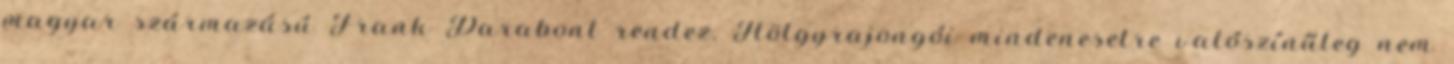
magyar származású Frank Darabont rendez. Hölgyrajongói mindenesetre valószínűleg nem